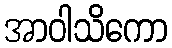
အာဝါသိကော